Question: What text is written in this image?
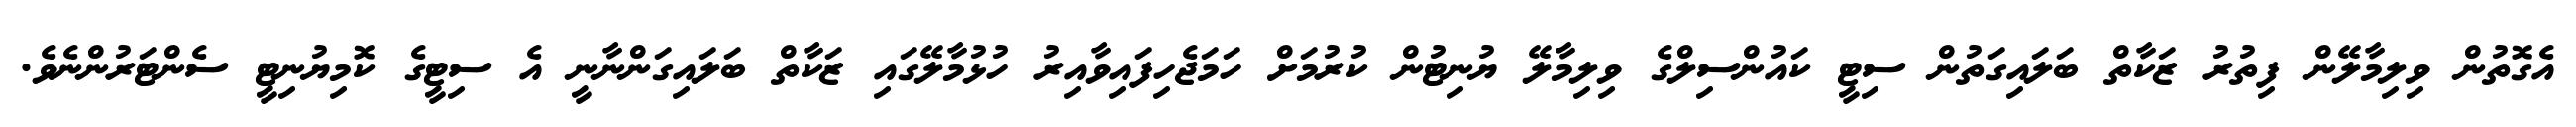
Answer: އެގޮތުން ވިލިމާލޭން ފިތުރު ޒަކާތް ބަލައިގަތުން ސިޓީ ކައުންސިލްގެ ވިލިމާލޭ ޔުނިޓުން ކުރުމަށް ހަމަޖެހިފައިވާއިރު ހުޅުމާލޭގައި ޒަކާތް ބަލައިގަންނާނީ އެ ސިޓީގެ ކޮމިޔުނިޓީ ސެންޓަރުންނެވެ.